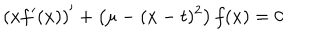
LaTeX: \left( x f ^ { \prime } ( x ) \right) ^ { \prime } + \left( \mu - ( x - t ) ^ { 2 } \right) f ( x ) = 0